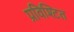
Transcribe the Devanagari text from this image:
प्रविश्टित